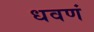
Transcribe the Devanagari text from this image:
धवणं